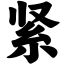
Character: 紧